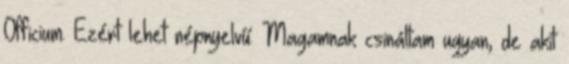
Officium. Ezért lehet népnyelvű. Magamnak csináltam ugyan, de akit